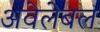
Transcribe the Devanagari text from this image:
अवेलेबल